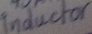
Text: inductor